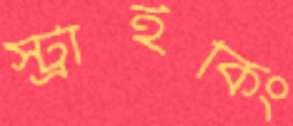
স্ট্রাইকিং